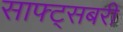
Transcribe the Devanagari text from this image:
साफ्ट्सबरी